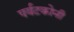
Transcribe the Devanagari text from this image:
पर्यटकोनी